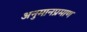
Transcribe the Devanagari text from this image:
अनुमानप्रमाण